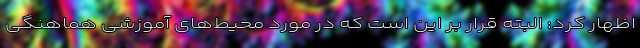
اظهار کرد: البته قرار بر این است که در مورد محیط‌های آموزشی هماهنگی